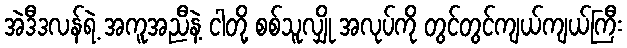
အဲဒီဒလန်ရဲ့ အကူအညီနဲ့ ငါတို့ စစ်သူလျှို အလုပ်ကို တွင်တွင်ကျယ်ကျယ်ကြီး